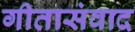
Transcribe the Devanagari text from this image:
गीतासंवाद